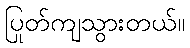
ပြုတ်ကျသွားတယ်။